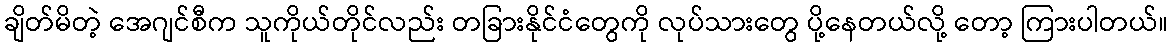
ချိတ်မိတဲ့ အေဂျင်စီက သူကိုယ်တိုင်လည်း တခြားနိုင်ငံတွေကို လုပ်သားတွေ ပို့နေတယ်လို့ တော့ ကြားပါတယ်။